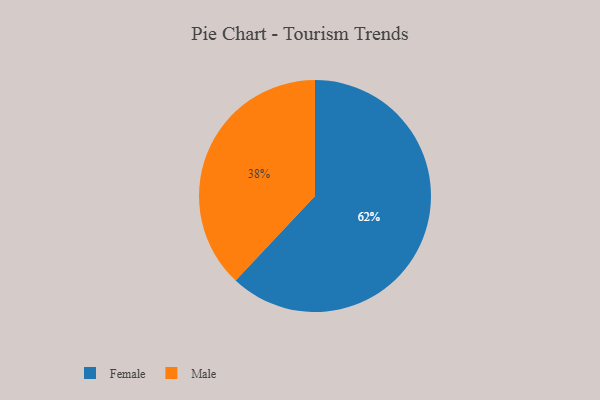
{"axis": {"x": "Category", "y": "Percentage"}, "legend": ["Female", "Male"], "data": [{"x": "Male", "y": 38, "type": "Male"}, {"x": "Female", "y": 62, "type": "Female"}]}